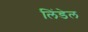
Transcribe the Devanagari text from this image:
लिंडेल